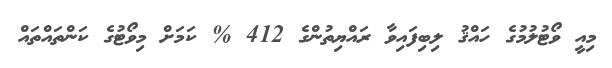
މިއީ ވޯޓުލުމުގެ ހައްޤު ލިބިފައިވާ ރައްޔިތުންގެ 412 % ކަމަށް މިވޯޓުގެ ކަންތައްތައް